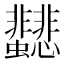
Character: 𩈂